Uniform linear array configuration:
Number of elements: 24
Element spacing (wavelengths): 0.75
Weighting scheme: exponential
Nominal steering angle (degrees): -15
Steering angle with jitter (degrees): -15.673
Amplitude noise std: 0.05
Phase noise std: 0.05

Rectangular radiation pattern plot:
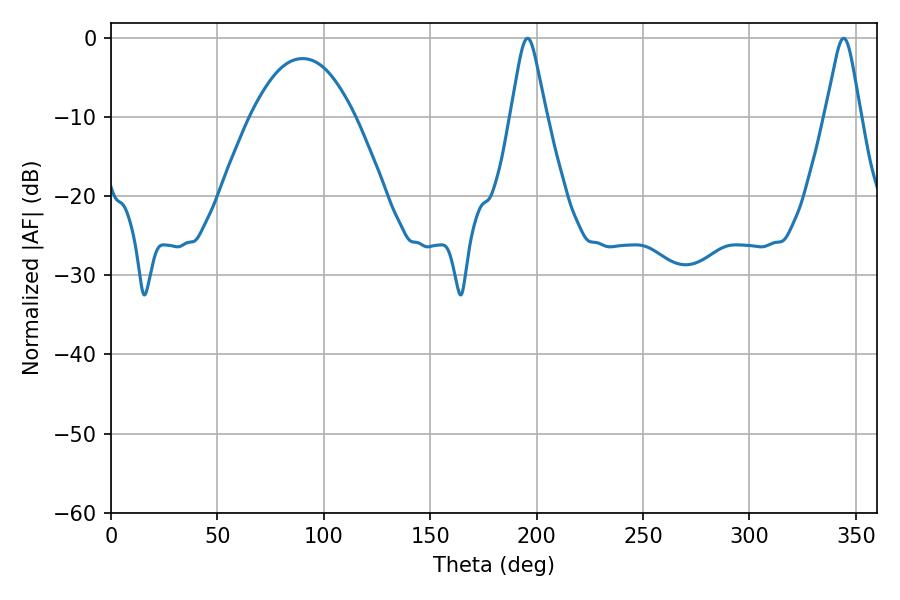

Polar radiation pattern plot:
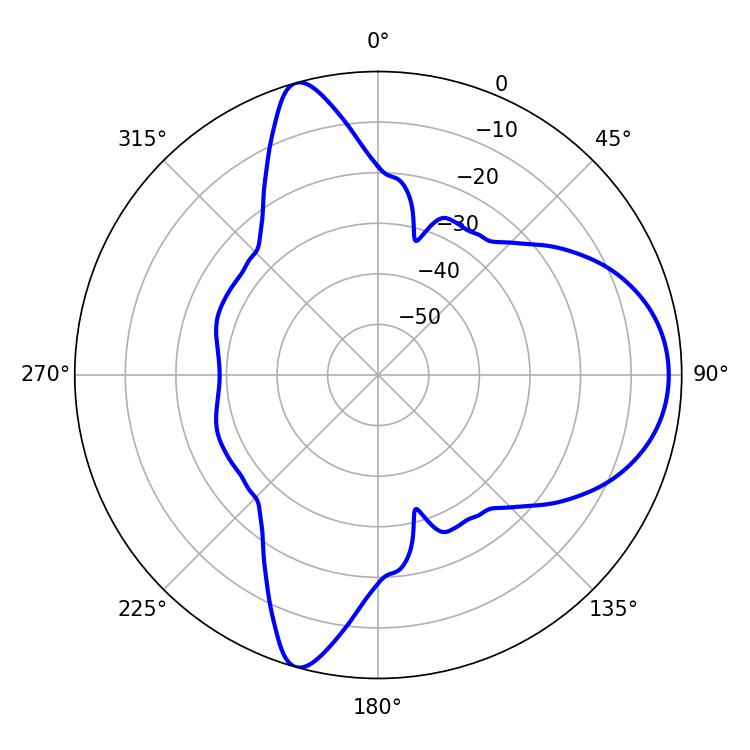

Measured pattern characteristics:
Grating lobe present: TRUE
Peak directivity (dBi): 9.468
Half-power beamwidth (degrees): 7.92
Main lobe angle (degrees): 195.66